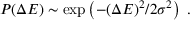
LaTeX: P ( \Delta E ) \sim \exp \left( - ( \Delta E ) ^ { 2 } / 2 \sigma ^ { 2 } \right) \ .